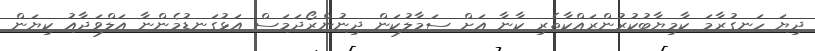
ދިޔަ ހަނގުރާމަ ކާމިޔާބުކުރުންރައްކާތެރި ކާނާ އަށް ސަމާލުކަން ދިނުންރޯދަމަސް އަޅުގަނޑުމެންނާ އަލްވަދާއު ކިޔަން